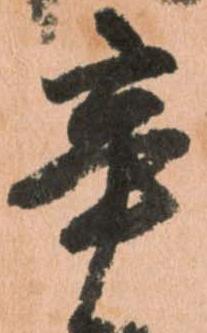
辛